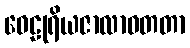
ဝေဠုရိယဇာလာဝတတာ